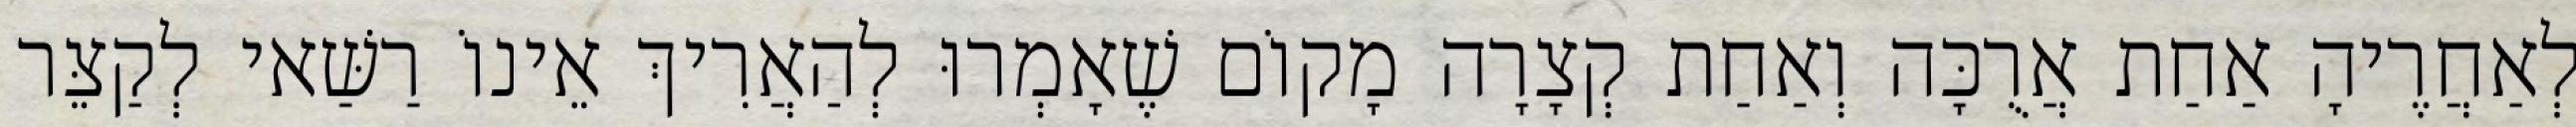
לְאַחֲרֶיהָ אַחַת אֲרֻכָּה וְאַחַת קְצָרָה מָקוֹם שֶׁאָמְרוּ לְהַאֲרִיךְ אֵינוֹ רַשַּׁאי לְקַצֵּר